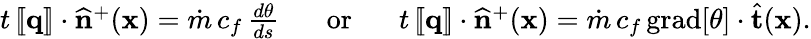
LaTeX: \begin{array}{r}{t\, [\! [\mathbf{q}]\! ]\cdot\widehat{\mathbf{n}}^{+}(\mathbf{x})=\dot{m}\, c_{f}\, \frac{d\theta}{ds}\; \; \; \; \; \; \mathrm{or}\; \; \; \; \; \; t\, [\! [\mathbf{q}]\! ]\cdot\widehat{\mathbf{n}}^{+}(\mathbf{x})=\dot{m}\, c_{f}\, \mathrm{grad}[\theta]\cdot\widehat{\mathbf{t}}(\mathbf{x}).}\end{array}